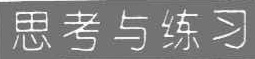
思考与练习